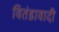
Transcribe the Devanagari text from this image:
वितंडावादी